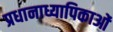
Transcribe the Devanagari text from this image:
प्रधानाध्यापिकाओं